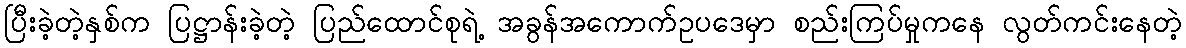
ပြီးခဲ့တဲ့နှစ်က ပြဋ္ဌာန်းခဲ့တဲ့ ပြည်ထောင်စုရဲ့ အခွန်အကောက်ဥပဒေမှာ စည်းကြပ်မှုကနေ လွတ်ကင်းနေတဲ့